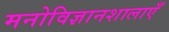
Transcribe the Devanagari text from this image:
मनोविज्ञानशालाएँ